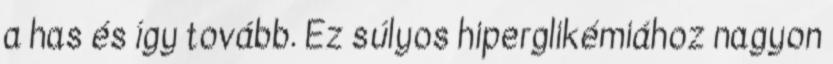
a has és így tovább. Ez súlyos hiperglikémiához nagyon